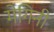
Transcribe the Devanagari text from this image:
मेगिनी